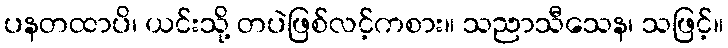
ပနတထာပိ၊ ယင်းသို့ တပဲဖြစ်လင့်ကစား။ သညာသီသေန၊ သဖြင့်။